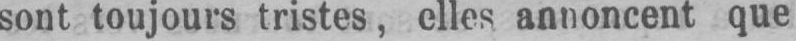
annoncent que